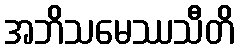
အဘိသမေဿသီတိ